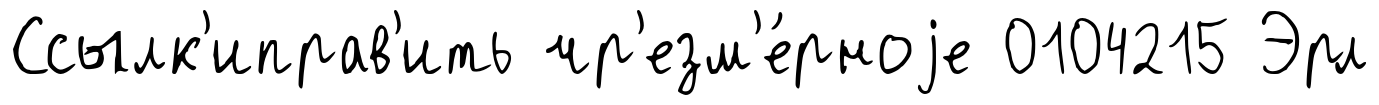
Ссылк'иправ'ить чр'езм'е́рноjе 0104215 Эрл